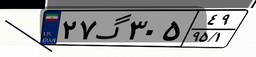
۲۹گ۱۴۹۳۲